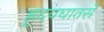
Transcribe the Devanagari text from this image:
ह्रृदयघातसे